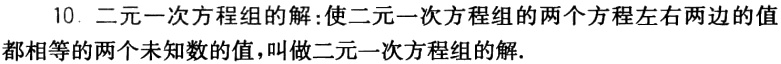
10. 二元一次方程组的解：使二元一次方程组的两个方程左右两边的值都相等的两个未知数的值，叫做二元一次方程组的解.